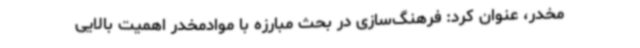
مخدر، عنوان کرد: فرهنگ‌سازی در بحث مبارزه با موادمخدر اهمیت بالایی